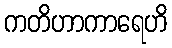
ကတိဟာကာရေဟိ